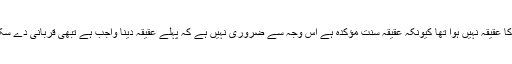
اور اس میں کوئی حرج کی بات نہیں کہ بچپن میں اس کا عقیقہ نہیں ہوا تھا کیونکہ عقیقہ سنت مؤکدہ ہے اس وجہ سے ضروری نہیں ہے کہ پہلے عقیقہ دینا واجب ہے تبھی قربانی دے سکتے یعنی بغیر عقیقہ کئے بھی قربانی دے سکتے ہیں ۔